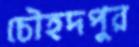
চৌহদপুর